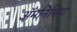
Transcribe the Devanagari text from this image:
ॲमनिमिया